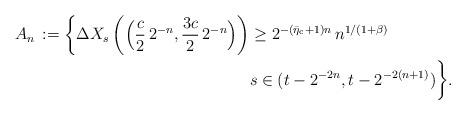
LaTeX: \begin{align*}A_{n}\,:=\biggl\{\Delta X_{s}\left( \Big(\frac{c}{2}\,2^{-n},\frac{3c}{2}\,2^{-n}\Big)\right) & \geq2^{-(\bar{\eta}_{\mathrm{c}}+1)n}\,n^{1/(1+\beta)}\\ & s\in(t-2^{-2 n},t-2^{-2(n+1)})\biggr\}.\end{align*}